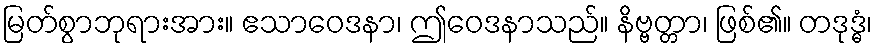
မြတ်စွာဘုရားအား။ ဧသာဝေဒနာ၊ ဤဝေဒနာသည်။ နိဗ္ဗတ္တာ၊ ဖြစ်၏။ တဒုဒ္ဓံ၊